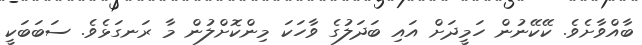
ބާއްވާށެވެ. ކޭކޭނުން ހަމީދަށް އައި ބަދަލުގެ ވާހަކަ މިންކޮށްލުން މާ ރަނގަޅެވެ. ސަބަބަކީ